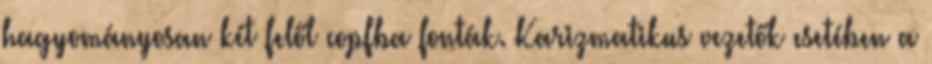
hagyományosan két felől copfba fonták. Karizmatikus vezetők esetében a